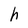
Character: h